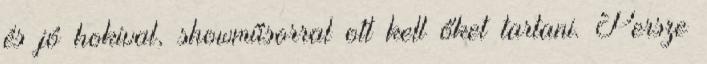
és jó hokival, showműsorral ott kell őket tartani. Persze